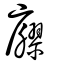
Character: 廫